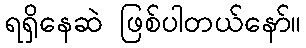
ရရှိနေဆဲ ဖြစ်ပါတယ်နော်။